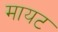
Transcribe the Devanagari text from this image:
मायट